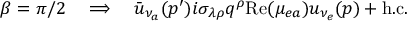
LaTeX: \beta = \pi / 2 \quad \Longrightarrow \quad \bar { u } _ { \nu _ { a } } ( p ^ { \prime } ) i \sigma _ { \lambda \rho } q ^ { \rho } \mathrm { R e } ( \mu _ { e a } ) u _ { \nu _ { e } } ( p ) + \mathrm { h . c . }